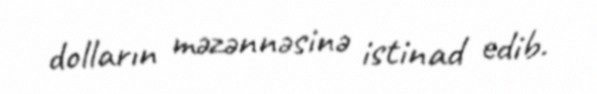
dolların məzənnəsinə istinad edib.